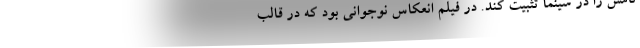
نامش را در سینما تثبیت کند. در فيلم انعکاس نوجوانی بود که در قالب